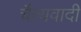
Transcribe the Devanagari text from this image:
चैत्यवादी